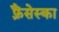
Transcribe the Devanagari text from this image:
फ़्रैंसेस्का